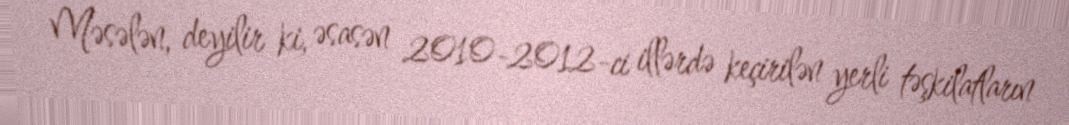
Məsələn, deyilir ki, əsasən 2010-2012-ci illərdə keçirilən yerli təşkilatların